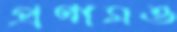
প্রণামও